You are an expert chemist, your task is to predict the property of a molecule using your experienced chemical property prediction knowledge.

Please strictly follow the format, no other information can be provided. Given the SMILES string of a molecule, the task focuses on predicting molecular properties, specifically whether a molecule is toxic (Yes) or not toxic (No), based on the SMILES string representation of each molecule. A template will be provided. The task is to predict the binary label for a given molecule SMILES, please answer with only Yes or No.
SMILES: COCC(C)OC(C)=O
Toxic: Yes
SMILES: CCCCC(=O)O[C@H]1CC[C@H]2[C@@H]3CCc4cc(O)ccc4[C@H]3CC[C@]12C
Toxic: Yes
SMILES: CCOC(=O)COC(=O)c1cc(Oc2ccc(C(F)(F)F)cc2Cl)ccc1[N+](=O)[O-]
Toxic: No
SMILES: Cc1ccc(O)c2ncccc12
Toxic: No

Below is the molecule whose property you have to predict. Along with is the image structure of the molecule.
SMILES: CC12CCC(CC1=O)C2(C)C
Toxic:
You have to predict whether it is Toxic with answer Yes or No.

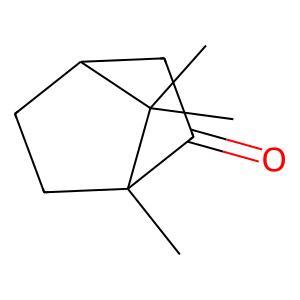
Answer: No